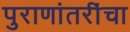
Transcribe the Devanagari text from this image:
पुराणांतरींचा